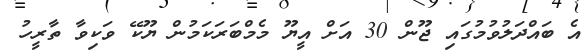
އެ ބައްދަލުވުމުގައި ޖޫން 30 އަށް އީޔޫ މެމްބަރަކަމުން ޔޫކޭ ވަކިވާ ތާރީހު